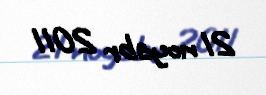
21 noyabr 2011